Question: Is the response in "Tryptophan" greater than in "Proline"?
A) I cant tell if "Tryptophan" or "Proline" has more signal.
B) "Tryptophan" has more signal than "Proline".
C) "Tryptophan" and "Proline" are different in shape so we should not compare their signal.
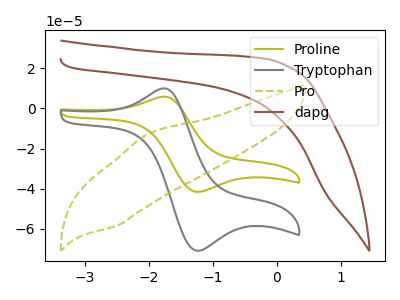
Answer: <think>The olive curve "Proline" has an anodic peak at (-1.80V, 5.75uA) and a cathodic peak at (-1.25V, -41.55uA). The gray curve "Tryptophan" has an anodic peak at (-1.80V, 9.75uA) and a cathodic peak at (-1.25V, -70.80uA). The olive dashed curve "Pro" has an anodic peak at (-2.00V, -12.80uA) and a cathodic peak at (-2.50V, -58.35uA). The brown curve "dapg" has no peaks.
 All the peaks in "Tryptophan" have a peak in "Proline" at the same potential. Every peak in "Tryptophan" is higher than every peak in "Proline".</think>
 <answer>B) "Tryptophan" has more signal than "Proline".</answer>
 <eval>B</eval>